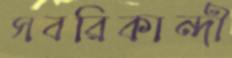
সবরিকান্দী